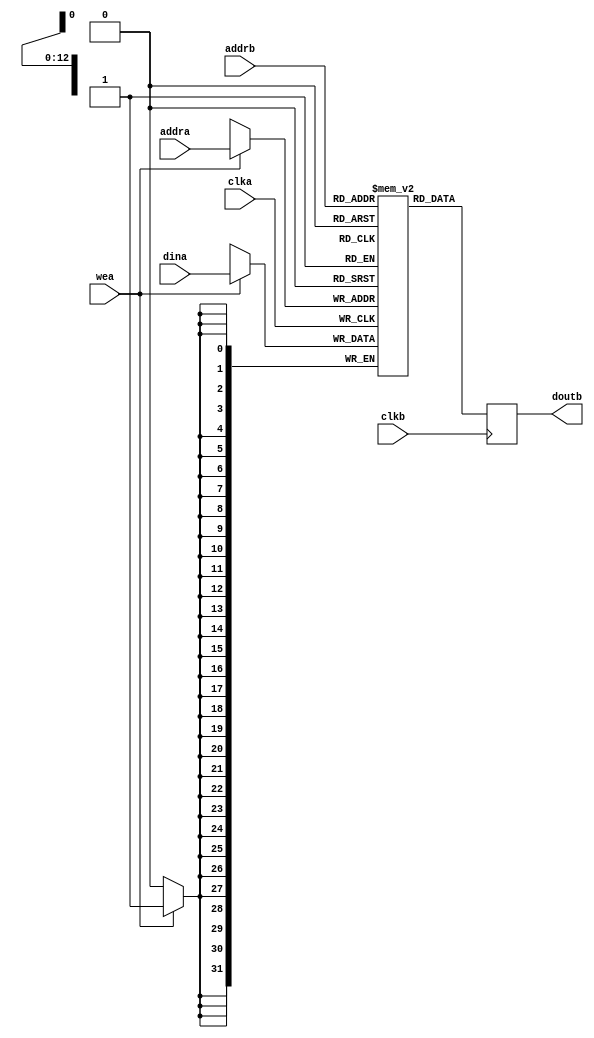
module Block_DualPort_RAM #(
    parameter ADDR_WIDTH = 13)(
    input clka,
    input clkb,
    input [ADDR_WIDTH-1:0] addrb,
    input [ADDR_WIDTH-1:0] addra,
    input [31:0] dina,
    input wea,
    output reg [31:0] doutb
);

reg [31:0] mem [(2**ADDR_WIDTH-1):0];

always@(posedge clka) begin
    if(wea) 
        mem[addra] <= dina;
end


always@(posedge clkb) begin
    doutb   <=  mem[addrb];
end


endmodule